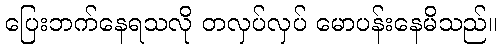
ပြေးဘက်နေရသလို တလှပ်လှပ် မောပန်းနေမိသည်။